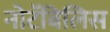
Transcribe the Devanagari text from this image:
नोटॅबिलिस